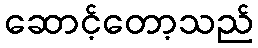
ဆောင့်တော့သည်